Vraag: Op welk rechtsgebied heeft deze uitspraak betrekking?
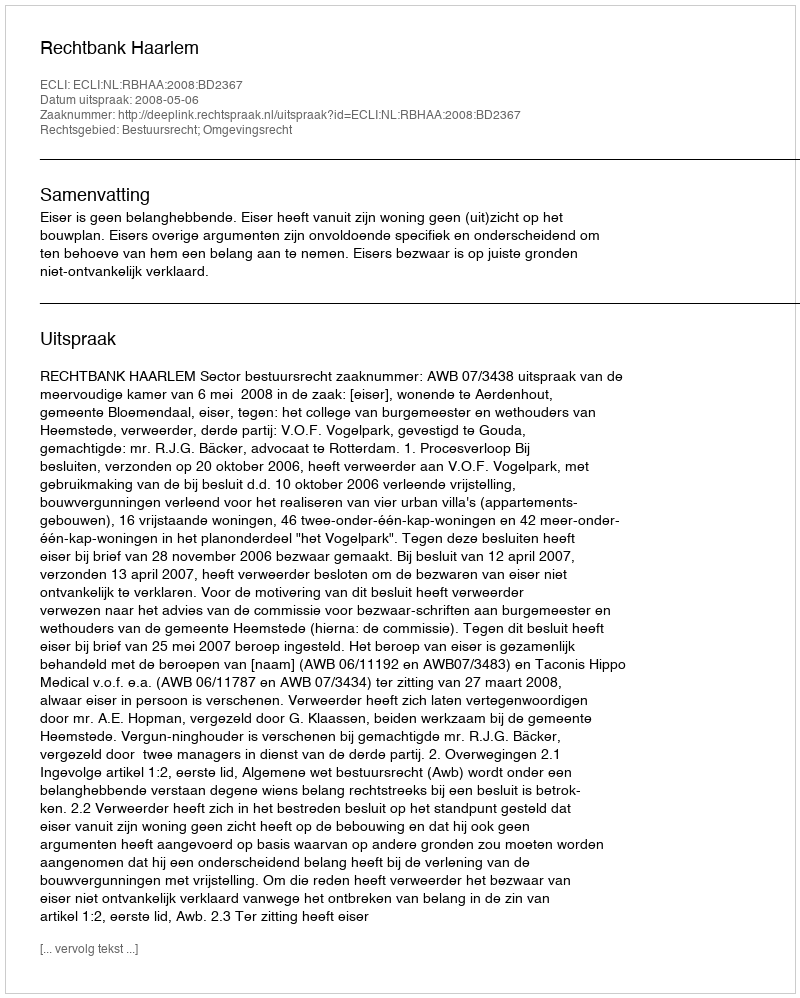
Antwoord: Bestuursrecht; Omgevingsrecht